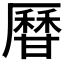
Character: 𤯍